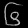
Digit: ၆